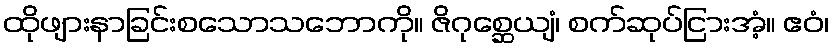
ထိုဖျားနာခြင်းစသောသဘောကို။ ဇိဂုစ္ဆေယျံ၊ စက်ဆုပ်ငြားအံ့။ ဧဝံ၊